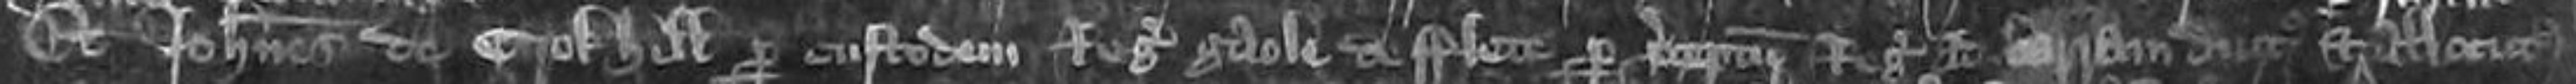
Et Johannes de Crokhill per custodem Regis gaole de flete per preceptum Regis ad barram dicitur et allocutus